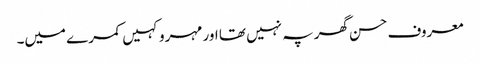
معروف حسن گھر پہ نہیں تھا اور مہرو کہیں کمرے میں۔